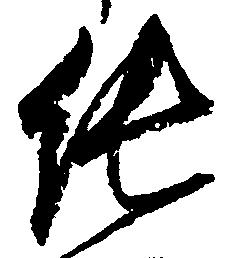
純